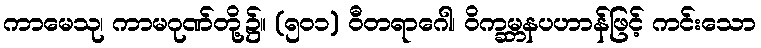
ကာမေသု၊ ကာမဂုဏ်တို့၌။ (၅၀၁) ဝီတရာဂေါ၊ ဝိက္ခမ္ဘနပဟာန်ဖြင့် ကင်းသော